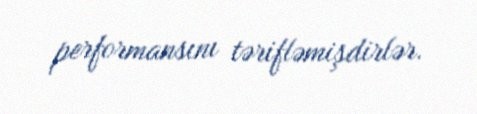
performansını tərifləmişdirlər.